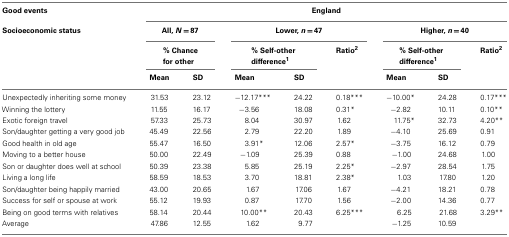
<table><thead><tr><td><b>Good events</b></td><td colspan="8"><b>England</b></td></tr><tr><td><b>Socioeconomic status</b></td><td colspan="2"><b>All, <i>N</i> = 87</b></td><td colspan="3"><b>Lower, <i>n</i> = 47</b></td><td colspan="3"><b>Higher, <i>n</i> = 40</b></td></tr><tr><td></td><td colspan="2"><b>% Chance for other</b></td><td colspan="2"><b>% Self-other difference1</b></td><td><b>Ratio2</b></td><td colspan="2"><b>% Self-other difference1</b></td><td><b>Ratio2</b></td></tr><tr><td></td><td><b>Mean</b></td><td><b>SD</b></td><td><b>Mean</b></td><td><b>SD</b></td><td></td><td><b>Mean</b></td><td><b>SD</b></td><td></td></tr></thead><tbody><tr><td>Unexpectedly inheriting some money</td><td>31.53</td><td>23.12</td><td>−12.17***</td><td>24.22</td><td>0.18***</td><td>−10.00*</td><td>24.28</td><td>0.17***</td></tr><tr><td>Winning the lottery</td><td>11.55</td><td>16.17</td><td>−3.56</td><td>18.08</td><td>0.31*</td><td>−2.82</td><td>10.11</td><td>0.10**</td></tr><tr><td>Exotic foreign travel</td><td>57.33</td><td>25.73</td><td>8.04</td><td>30.97</td><td>1.62</td><td>11.75*</td><td>32.73</td><td>4.20**</td></tr><tr><td>Son/daughter getting a very good job</td><td>45.49</td><td>22.56</td><td>2.79</td><td>22.20</td><td>1.89</td><td>−4.10</td><td>25.69</td><td>0.91</td></tr><tr><td>Good health in old age</td><td>55.47</td><td>16.50</td><td>3.91*</td><td>12.06</td><td>2.57*</td><td>−3.75</td><td>16.12</td><td>0.79</td></tr><tr><td>Moving to a better house</td><td>50.00</td><td>22.49</td><td>−1.09</td><td>25.39</td><td>0.88</td><td>−1.00</td><td>24.68</td><td>1.00</td></tr><tr><td>Son or daughter does well at school</td><td>50.39</td><td>23.38</td><td>5.85</td><td>25.19</td><td>2.25*</td><td>−2.97</td><td>28.54</td><td>1.75</td></tr><tr><td>Living a long life</td><td>58.59</td><td>18.53</td><td>3.70</td><td>18.81</td><td>2.38*</td><td>1.03</td><td>17.80</td><td>1.20</td></tr><tr><td>Son/daughter being happily married</td><td>43.00</td><td>20.65</td><td>1.67</td><td>17.06</td><td>1.67</td><td>−4.21</td><td>18.21</td><td>0.78</td></tr><tr><td>Success for self or spouse at work</td><td>55.12</td><td>19.93</td><td>0.87</td><td>17.70</td><td>1.56</td><td>−2.00</td><td>14.36</td><td>0.77</td></tr><tr><td>Being on good terms with relatives</td><td>58.14</td><td>20.44</td><td>10.00**</td><td>20.43</td><td>6.25***</td><td>6.25</td><td>21.68</td><td>3.29**</td></tr><tr><td>Average</td><td>47.86</td><td>12.55</td><td>1.62</td><td>9.77</td><td></td><td>−1.25</td><td>10.59</td><td></td></tr></tbody></table>